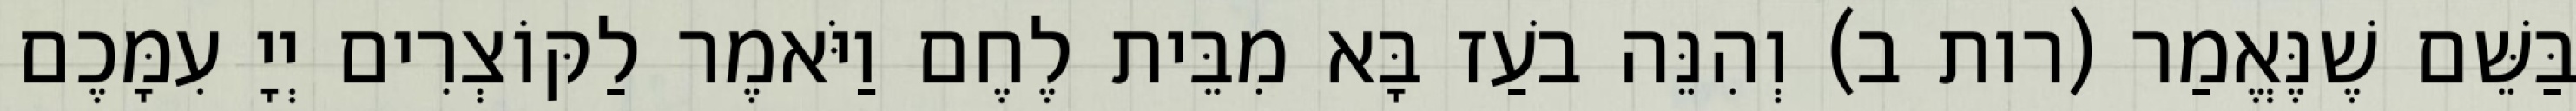
בַּשֵּׁם שֶׁנֶּאֱמַר (רות ב) וְהִנֵּה בֹעַז בָּא מִבֵּית לֶחֶם וַיֹּאמֶר לַקּוֹצְרִים יְיָ עִמָּכֶם